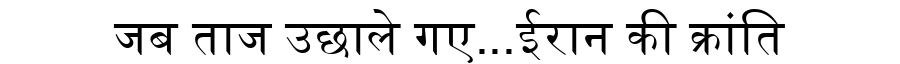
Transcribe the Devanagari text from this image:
जब ताज उछाले गए...ईरान की क्रांति